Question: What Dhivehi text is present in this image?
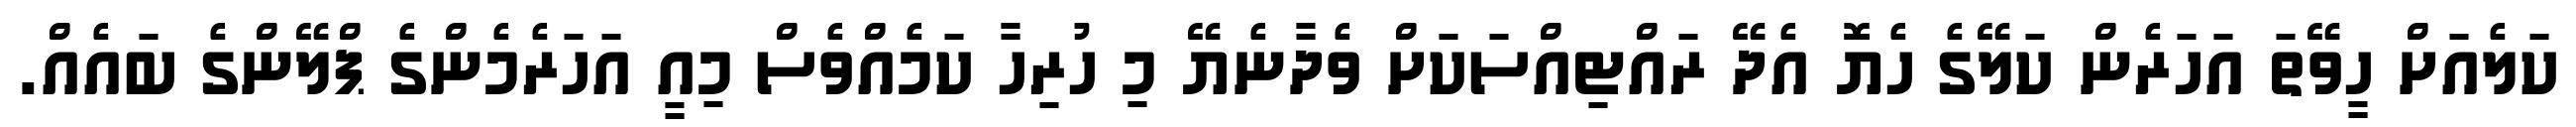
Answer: ކަލެއަށް ހީވޭތަ އަހަރެން ކަލޭގެ ހެޔޮ އެދޭ ރައްޓިއްސަކަށް ވެދާނެޔޭ މި ހުރިހާ ކަމެއްވެސް މިއީ އަހަރެމެންގެ ޕްލޭންގެ ބައެއް.